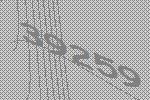
39259